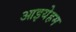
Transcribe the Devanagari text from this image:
आइयेहम